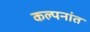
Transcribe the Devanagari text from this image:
कल्पनांत